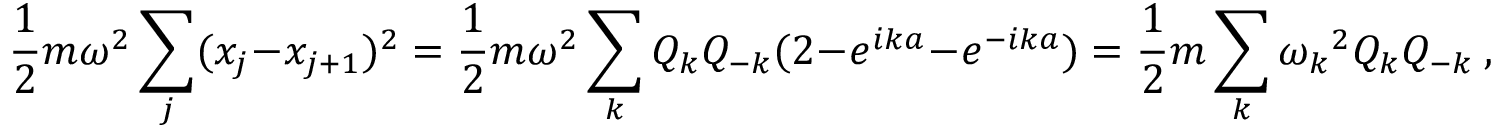
{ \frac { 1 } { 2 } } m \omega ^ { 2 } \sum _ { j } ( x _ { j } - x _ { j + 1 } ) ^ { 2 } = { \frac { 1 } { 2 } } m \omega ^ { 2 } \sum _ { k } Q _ { k } Q _ { - k } ( 2 - e ^ { i k a } - e ^ { - i k a } ) = { \frac { 1 } { 2 } } m \sum _ { k } { \omega _ { k } } ^ { 2 } Q _ { k } Q _ { - k } ~ ,